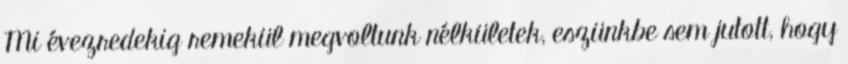
Mi évezredekig remekül megvoltunk nélkületek, eszünkbe sem jutott, hogy